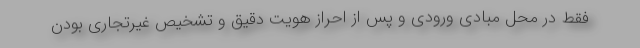
فقط در محل مبادی ورودی و پس از احراز هویت دقیق و تشخیص غیرتجاری بودن